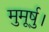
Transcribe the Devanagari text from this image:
मुमूर्षु।